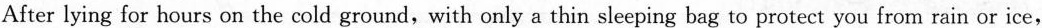
After lying for hours on the cold ground, with only a thin sleeping bag to protect you from rain or ice,